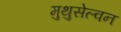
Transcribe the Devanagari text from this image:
मुथुसेल्वन